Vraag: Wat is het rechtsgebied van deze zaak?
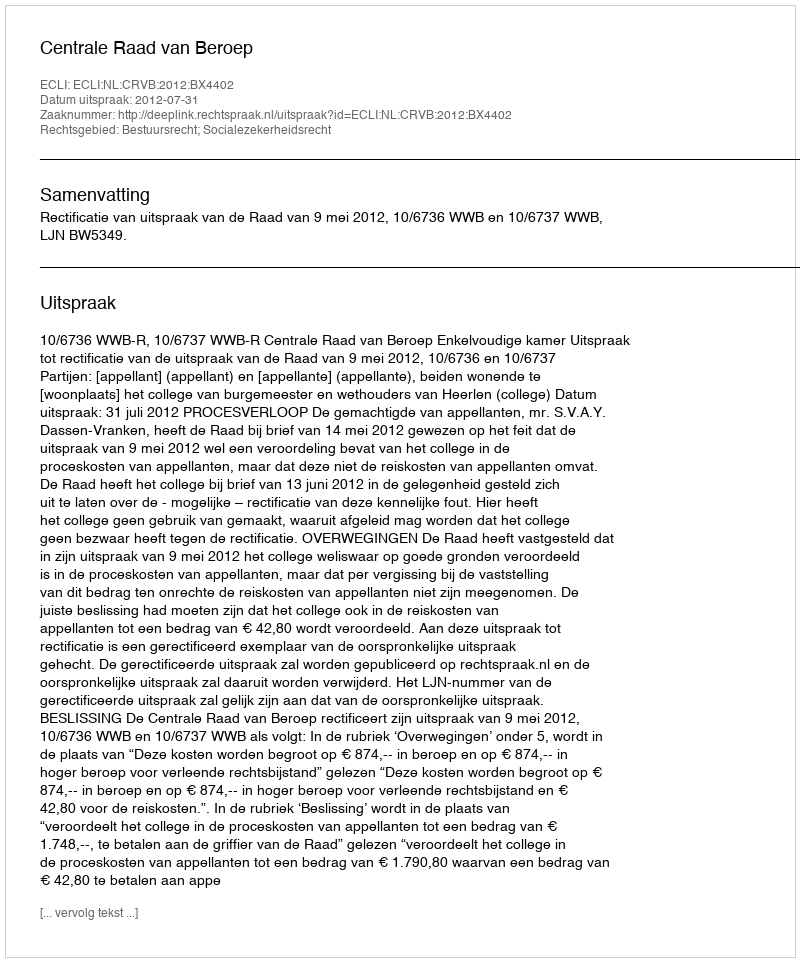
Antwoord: Bestuursrecht; Socialezekerheidsrecht